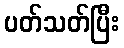
ပတ်သတ်ပြီး